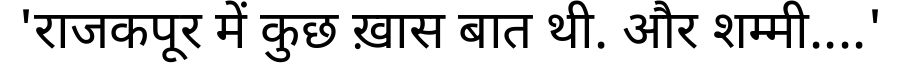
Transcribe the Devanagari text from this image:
'राजकपूर में कुछ ख़ास बात थी. और शम्मी....'